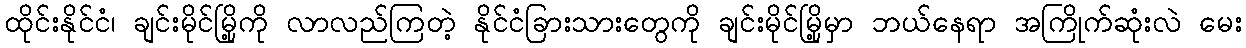
ထိုင်းနိုင်ငံ၊ ချင်းမိုင်မြို့ကို လာလည်ကြတဲ့ နိုင်ငံခြားသားတွေကို ချင်းမိုင်မြို့မှာ ဘယ်နေရာ အကြိုက်ဆုံးလဲ မေး